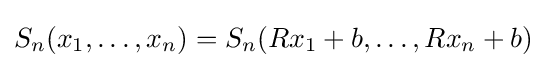
S_{n}(x_{1},\ldots ,x_{n})=S_{n}(Rx_{1}+b,\ldots ,Rx_{n}+b)